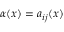
\alpha ( x ) = a _ { i j } ( x )